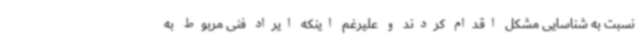
نسبت به شناسایی مشکل اقدام کردند و علیرغم اینکه ایراد فنی مربوط به